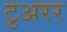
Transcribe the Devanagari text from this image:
टुअरर